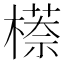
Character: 𬄠